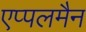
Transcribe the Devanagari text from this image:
एप्पलमैन